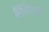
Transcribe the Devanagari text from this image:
बैरैंक्विटास